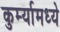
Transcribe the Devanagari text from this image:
कुर्म्यामध्ये